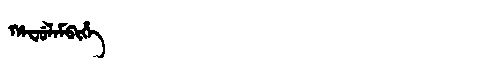
Manchu: ᡥᠠᠸᡠᠯᠠᠮᠪᡳᡥᡝ
Romanization: HAFULAMBIHE